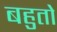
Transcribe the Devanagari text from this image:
बहुतो